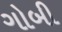
ગોબી